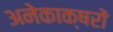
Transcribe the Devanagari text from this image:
अनेकाक्षरों